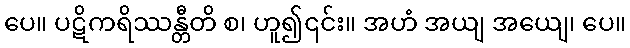
ပေ။ ပဋိကရိဿန္တီတိ စ၊ ဟူ၍၎င်း။ အဟံ အယျ အယျေ၊ ပေ။